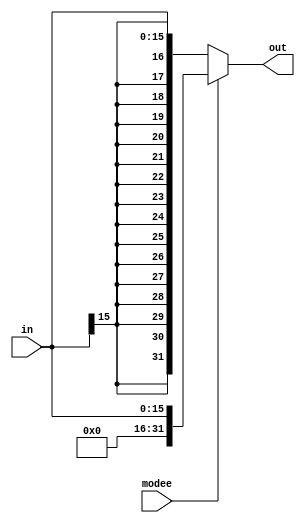
//mode0 = s ext, mode1 = z ext

module sign_zero_ext(
input wire [15:0]  in, output wire [31:0] out, input  wire modee
);

assign out = (modee)? {{16{1'b0}},in[15:0]} :{{16{in[15]}},in[15:0]} ;

endmodule